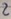
Text: 2